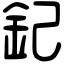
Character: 𨥈